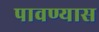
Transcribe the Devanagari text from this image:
पावण्यास